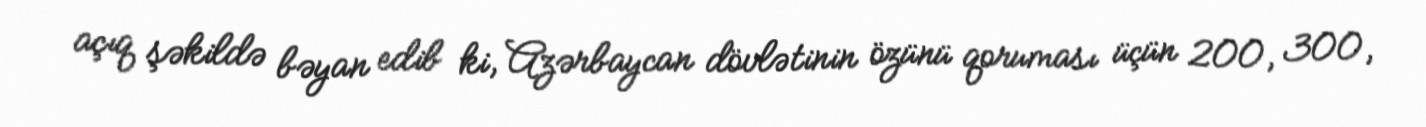
açıq şəkildə bəyan edib ki, Azərbaycan dövlətinin özünü qoruması üçün 200, 300,